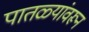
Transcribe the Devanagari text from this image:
पातळ्यांवरून